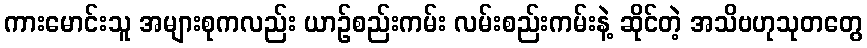
ကားမောင်းသူ အများစုကလည်း ယာဉ်စည်းကမ်း လမ်းစည်းကမ်းနဲ့ ဆိုင်တဲ့ အသိဗဟုသုတတွေ